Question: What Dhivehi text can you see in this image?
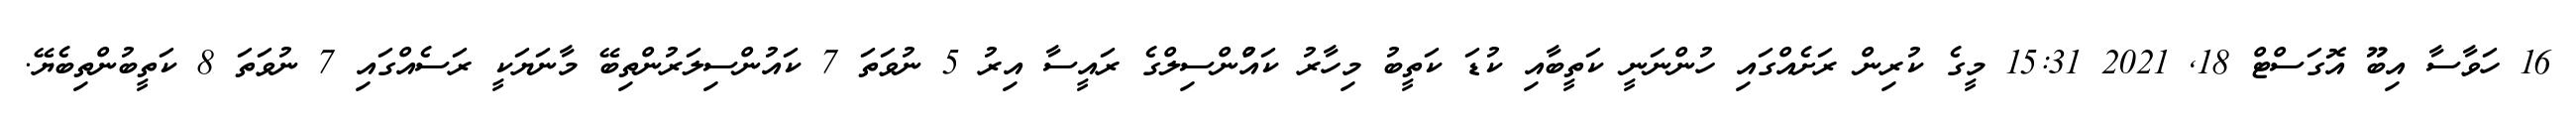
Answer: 16 ހަވާސާ އިބޫ އޮގަސްޓް 18, 2021 15:31 މީގެ ކުރިން ރަށެއްގައި ހުންނަނީ ކަތީބާއި ކުޑަ ކަތީބު މިހާރު ކައުްންސިލްގެ ރައީސާ އިރު 5 ނުވަތަ 7 ކައުންސިލަރުންތިބޭ މާނަޔަކީ ރަސެއްގައި 7 ނުވަތަ 8 ކަތީބުންތިބެޔޭ.